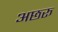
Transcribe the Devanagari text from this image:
अछरू